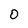
Character: O